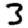
Digit: 3